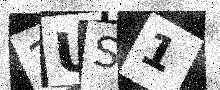
Text: 2US1